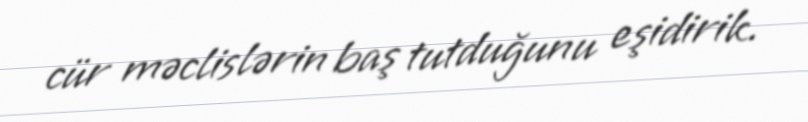
cür məclislərin baş tutduğunu eşidirik.